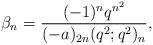
LaTeX: \begin{align*}\beta_n=\frac{(-1)^nq^{n^2}}{(-a)_{2n}(q^2;q^2)_n},\end{align*}